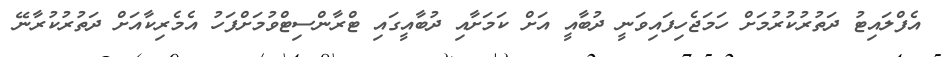
އެފްލައިޓު ދަތުރުކުރުމަށް ހަމަޖެހިފައިވަނީ ދުބާއީ އަށް ކަމަށާއި ދުބާއީގައި ޓްރާންސިޓްވުމަށްފަހު އެމެރިކާއަށް ދަތުރުކުރާނޭ